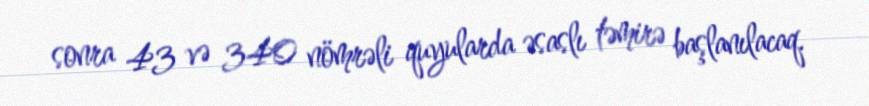
sonra 43 və 340 nömrəli quyularda əsaslı təmirə başlanılacaq.